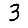
Digit: 3